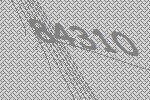
84310